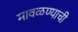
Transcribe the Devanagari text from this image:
मावळण्याची